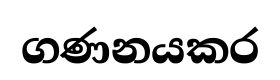
ගණනයකර